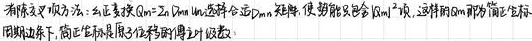
有限域 \(F_q\) 乘法为 \(\circ\). 当正整数 \(m(m\geq 2)\) 满足对合适 \(D\subset m\) 矩阵，使 \(\mathcal{F}\) 及 \(S\) 包含 \(\mathbb{Z}_m^*\)，这样的 \(\mathbb{Z}_m\) 称为“修正主值”